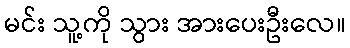
မင်း သူ့ကို သွား အားပေးဦးလေ။